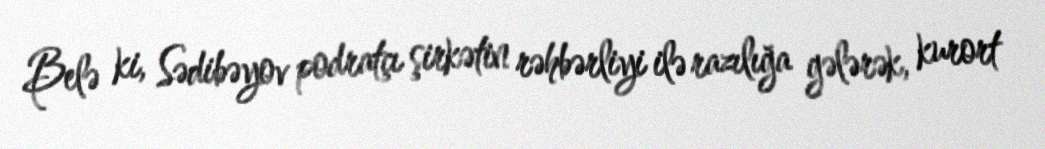
Belə ki, Sədibəyov podratçı şirkətin rəhbərliyi ilə razılığa gələrək, kurort